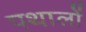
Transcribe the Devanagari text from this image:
पथालों